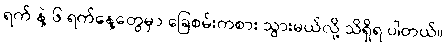
ရက် နဲ့ ၆ ရက်နေ့တွေမှာ ခြေစမ်းကစား သွားမယ်လို့ သိရှိရ ပါတယ်။